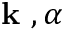
\mathrm { ~ \bf ~ k ~ } , \alpha